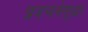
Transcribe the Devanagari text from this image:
प्रवचनेसुद्धा